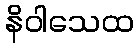
နိဝါသေထ